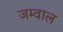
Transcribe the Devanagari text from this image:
जम्वाल